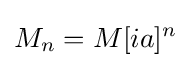
M_{n}=M[ia]^{n}